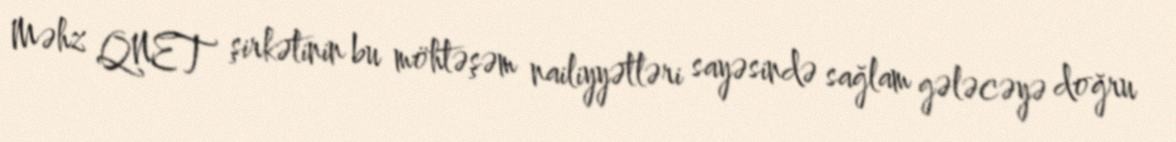
Məhz QNET şirkətinin bu möhtəşəm nailiyyətləri sayəsində sağlam gələcəyə doğru